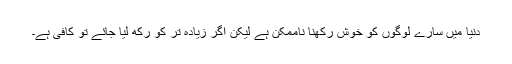
دنیا میں سارے لوگوں کو خوش رکھنا ناممکن ہے لیکن اگر زیادہ تر کو رکھ لیا جائے تو کافی ہے۔